Annual report of the Punjab Veterinary College and of the Civil Veterinary Department, Punjab - 1920-1925
Year: 1920
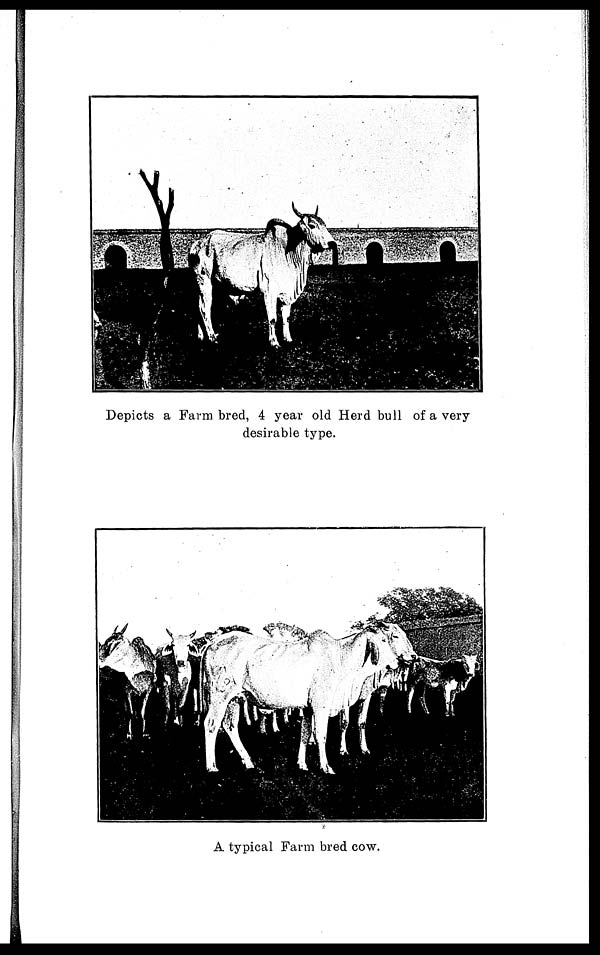
Depicts a Farm bred, 4 year old Herd bull of a very
desirable type.
A typical Farm bred cow.